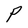
Character: P